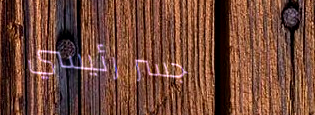
جسر رئيسي